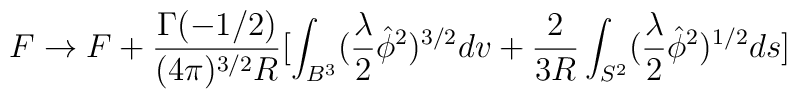
F \rightarrow F+\frac{\Gamma(-1/2)}{ (4\pi)^{3/2}R}[\int_{B^{3}}(\frac{\lambda}{2}\hat{\phi}^{2})^{3/2}dv+\frac{2}{3R}\int_{S^{2}}(\frac{\lambda}{2}\hat{\phi}^{2}) ^{1/2}ds]